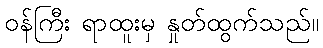
ဝန်ကြီး ရာထူးမှ နှုတ်ထွက်သည်။